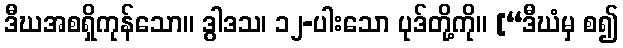
ဒီဃအစရှိကုန်သော။ ဒွါဒသ၊ ၁၂-ပါးသော ပုဒ်တို့ကို။ [“ဒီဃံမှ စ၍